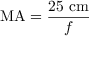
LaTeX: \mathrm { M A } = { \frac { 2 5 \ \mathrm { c m } } { f } } \quad